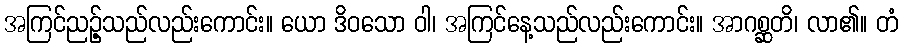
အကြင်ညဉ့်သည်လည်းကောင်း။ ယော ဒိဝသော ဝါ၊ အကြင်နေ့သည်လည်းကောင်း။ အာဂစ္ဆတိ၊ လာ၏။ တံ